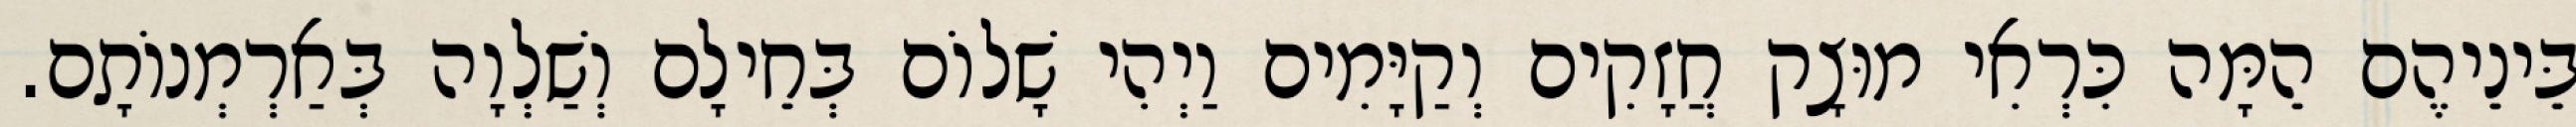
בֵּינֵיהֶם הֵמָּה כִּרְאִי מוּצָק חֲזָקִים וְקַיָּמִים וַיְהִי שָׁלוֹם בְּחֵילָם וְשַׁלְוָה בְּאַרְמְנוֹתָם.